Indian journal of veterinary science and animal husbandry - Volume 8,
Year: 1938
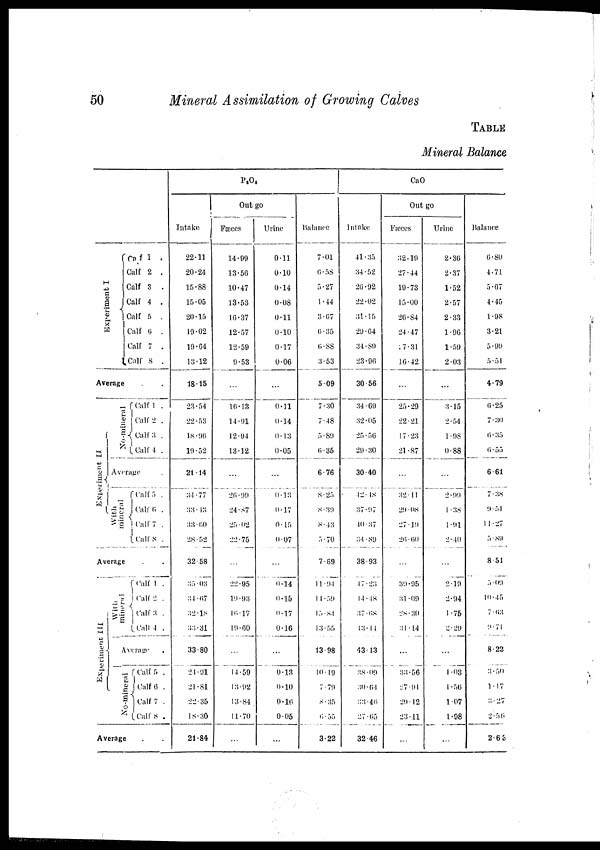
50
Mineral Assimilation of Growing Calves
TABLE
Mineral Balance
Experiment I
Calf 1 .
Calf 2 .
Calf 3 .
Calf 4
.
Calf
5
.
Calf 6 .
Calf 7 .
Calf 8 .
Average . .
Experiment II
No mineral
Calf 1 .
Calf 2 .
Calf 3 .
Calf 4 .
Average
With mineral
Calf 5 .
Calf 6 .
Calf 7 .
Calf 8 .
Average . .
Expe r
i
me nt III
with mineral
Calf
1
.
Calf 2 .
Calf 3 .
Calf 4 .
Average .
No-mineral Calf 5 .
Calf 6 .
Calf 7.
Calf 8 .
Average . .
P 2 O 5
Intake
22.11
20.24
15.88
15.05
20.15
19.02
19.64
13.12
18.15
23.54
22.53
18.96
19.32
21.14
34.77
33.43
33.60
28.52
32.58
35.03
34.67
32.18
33.31
33.80
24.91
21.81
22.35
18.30
21.84
Out go
Fæces
14.99
13.56
10.47
13.53
16.37
12.57
12.59
9.53
...
16.13
14.91
12.94
13.12
...
26.99
24.87
25.02
22.75
...
22.95
19.93
16.17
19.60
...
14.59
13.92
13.84
11.70
...
Urine
0.11
0.10
0.14
0.08
0.11
0.10
0.17
0.06
...
0.11
0.14
0.13
0.05
...
0.13
0.17
0.15
0.07
...
0.14
0.15
0.17
0.16
...
0.13
0.10
0.16
0.05
...
Balance
7.01
6.58
5.27
4.44
3.67
6.35
6.88
3.53
5.09
7.30
7.48
5.89
6.35
6.76
8.25
8.39
8.43
5.70
7.69
11.94
11.59
13.84
13.55
13.98
10.19
7.79
8.35
6.55
3.22
CaO
Intake.
41.35
34.52
26.92
22.02
31.15
29.64
34.89
23.96
30.56
34.69
32.05
25.56
29.30
30.40
42.18
37.97
40.37
34.89
38.93
17.23
14.18
37.68
13.14
43.43
38.09
30.64
33.46
27.65
32.46
Out go
Fæces
32.19
27.44
19.73
15.00
26.84
24.47
7.31
16.42
...
25.29
22.21
17.23
21.87
...
32.11
29.08
27.19
26.60
...
39.95
31.09
38.30
31.14
...
33.56
27.91
29.12
23.11
...
Urine
2.36
2.37
1.52
2.57
2.33
1.96
1.59
2.03
...
3.15
2.54
1.98
0.88
...
2.99
1.38
1.91
2.40
...
2.19
2.94
1.75
2.29
...
1.08
1.56
1.07
1.98
...
Balance
6.80
4.71
5.67
4.45
1.98
3.21
5.99
5.51
4.79
6.25
7.30
6.35
6.55
6.61
7.38
9.51
11.27
5.89
8.51
5.09
10.45
7.63
9.71
8.22
3.50
1.17
3.27
2.56
2.63